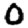
Digit: 0